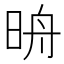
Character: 𣆔